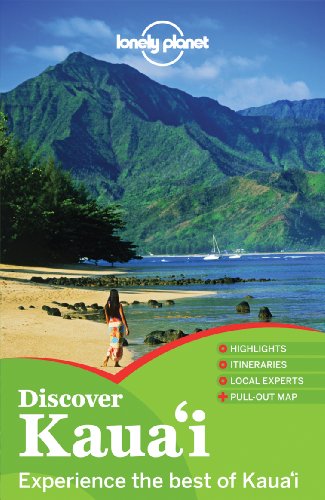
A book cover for Lonely Planet Discover Kauai (Travel Guide); Lonely Planet; Travel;